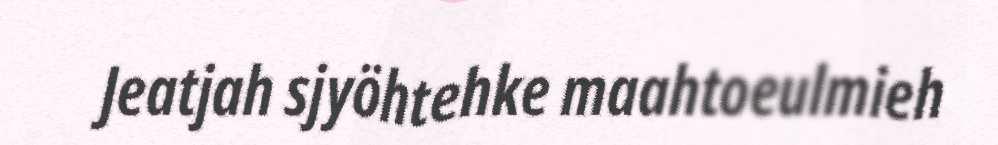
Jeatjah sjyöhtehke maahtoeulmieh